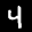
Label: 4